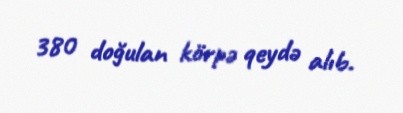
380 doğulan körpə qeydə alıb.